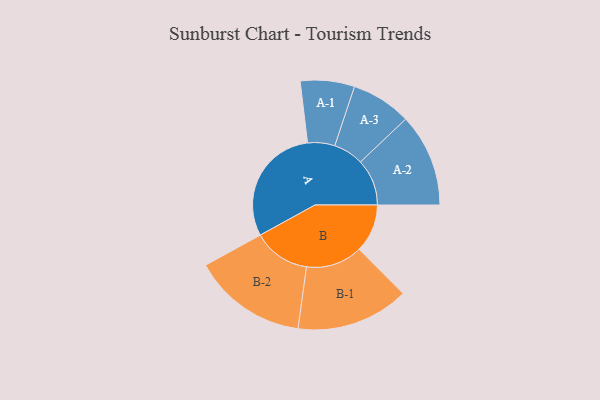
{"axis": {"x": "Segment", "y": "Value"}, "legend": ["", "A", "B"], "data": [{"x": "A", "y": 474, "type": ""}, {"x": "B", "y": 191, "type": ""}, {"x": "A-1", "y": 107, "type": "A"}, {"x": "A-2", "y": 184, "type": "A"}, {"x": "A-3", "y": 119, "type": "A"}, {"x": "B-1", "y": 223, "type": "B"}, {"x": "B-2", "y": 226, "type": "B"}]}